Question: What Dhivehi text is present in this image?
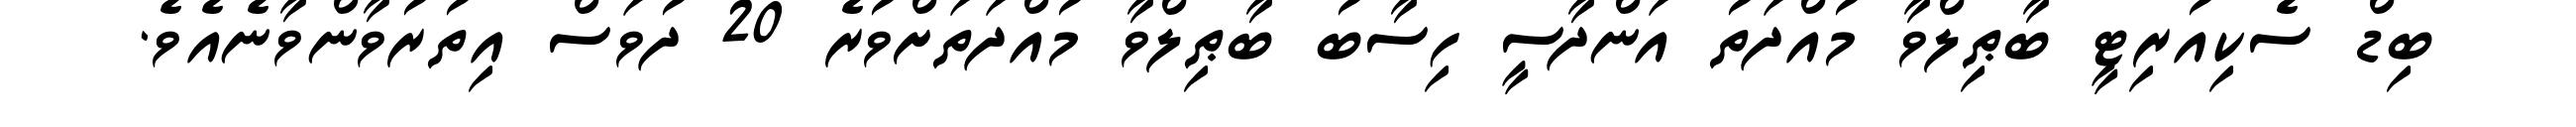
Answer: ބިޑް ސެކިއުރިޓީ ބާޠިލްވާ މުއްދަތު އަންދާސީ ހިސާބު ބާޠިލްވާ މުއްދަތަށްވުރެ 20 ދުވަސް އިތުރުވާންވާނެއެވެ.